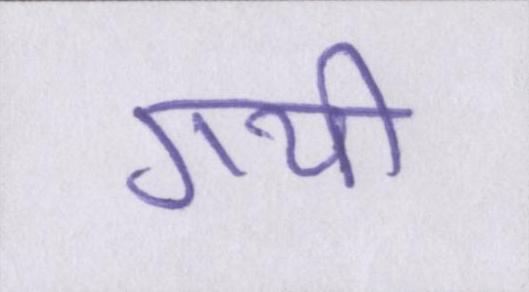
गयीँ